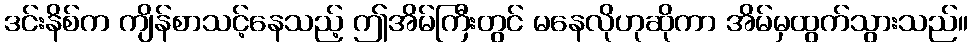
ဒင်းနိစ်က ကျိန်စာသင့်နေသည့် ဤအိမ်ကြီးတွင် မနေလိုဟုဆိုကာ အိမ်မှထွက်သွားသည်။